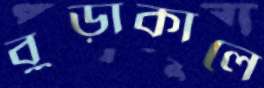
বুড়াকালে